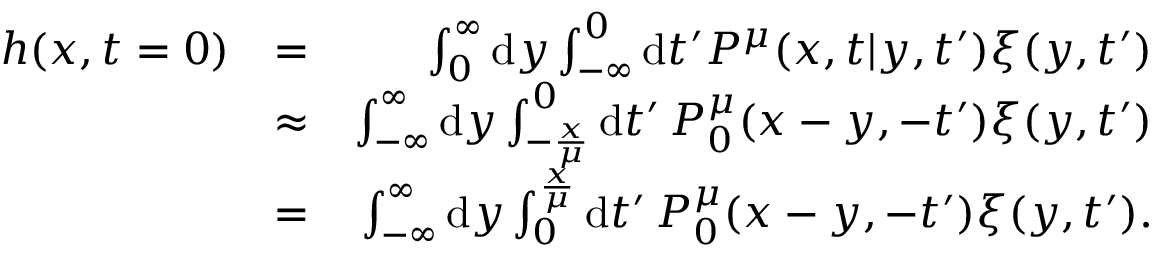
\begin{array} { r l r } { h ( x , t = 0 ) } & { = } & { \int _ { 0 } ^ { \infty } \mathrm { d } y \int _ { - \infty } ^ { 0 } \mathrm { d } t ^ { \prime } P ^ { \mu } ( x , t | y , t ^ { \prime } ) \xi ( y , t ^ { \prime } ) } \\ & { \approx } & { \int _ { - \infty } ^ { \infty } \mathrm { d } y \int _ { - \frac x \mu } ^ { 0 } \mathrm { d } t ^ { \prime } \, P _ { 0 } ^ { \mu } ( x - y , - t ^ { \prime } ) \xi ( y , t ^ { \prime } ) } \\ & { = } & { \int _ { - \infty } ^ { \infty } \mathrm { d } y \int _ { 0 } ^ { \frac x \mu } \mathrm { d } t ^ { \prime } \, P _ { 0 } ^ { \mu } ( x - y , - t ^ { \prime } ) \xi ( y , t ^ { \prime } ) . } \end{array}